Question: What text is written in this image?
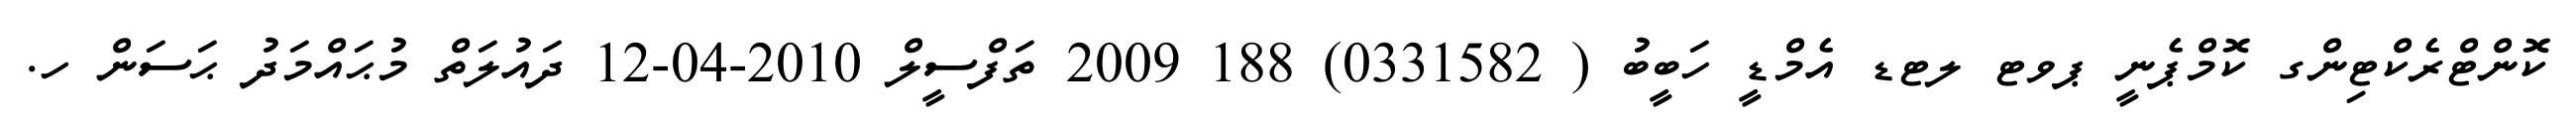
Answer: ކޮންޓްރެކްޓިންގ ކޮމްޕެނީ ޕވޓ ލޓޑ އެމްޑީ ހަބީބު ( 0331582) 188 2009 ތަފްސީލް 2010-04-12 ދައުލަތް މުޙައްމަދު ޙަސަން ހ.